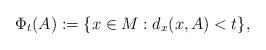
LaTeX: \begin{align*}\Phi_t(A):=\{x\in M : d_x(x,A)<t\},\end{align*}